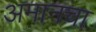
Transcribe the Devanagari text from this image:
अमानचा